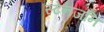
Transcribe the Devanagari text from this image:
स्टेनजनि